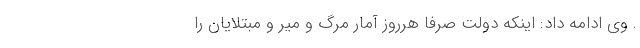
. وی ادامه داد: اینکه دولت صرفا هرروز آمار مرگ و میر و مبتلایان را